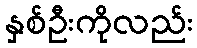
နှစ်ဦးကိုလည်း